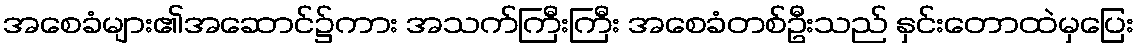
အစေခံများ၏အဆောင်၌ကား အသက်ကြီးကြီး အစေခံတစ်ဦးသည် နှင်းတောထဲမှပြေး